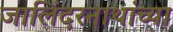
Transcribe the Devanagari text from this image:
जालिंदरनाथांच्या